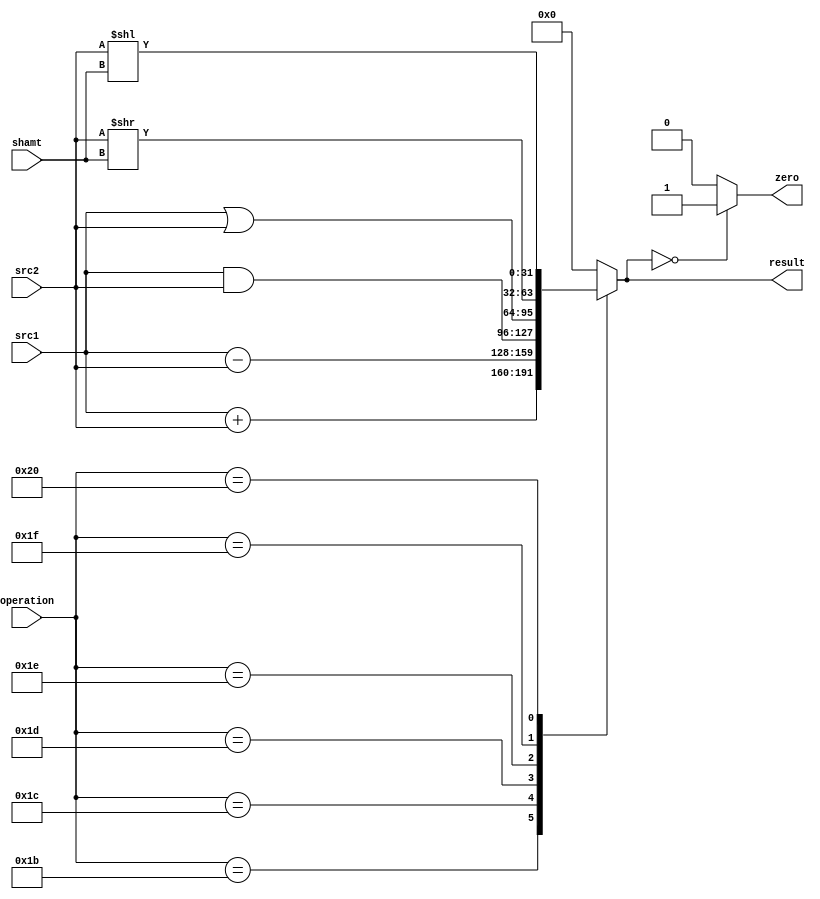
module ALU(input [4:0] shamt,
           input [31:0] src1,
           input [31:0] src2,
           input [5:0] operation,
           output reg [31:0] result,
           output zero);

/*
 add 27
 sub 28
 and 29
 or 30
 srl 31
 sll 32
 */

assign zero = result==0?1:0;

always@(*)begin
    case(operation)
    6'd27:
        result <= src1 + src2;
    6'd28:
        result <= src1 - src2;
    6'd29:
        result <= src1 & src2;
    6'd30:
        result <= src1 | src2;
    6'd31:
        result <=  src2 >> shamt;
    6'd32:
        result <= src2 << shamt;
    default:
        result <= 0;
    endcase
end
endmodule